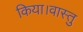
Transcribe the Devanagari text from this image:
किया।वास्तु